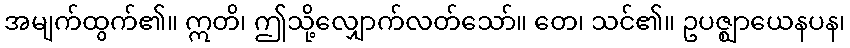
အမျက်ထွက်၏။ ဣတိ၊ ဤသို့လျှောက်လတ်သော်။ တေ၊ သင်၏။ ဥပဇ္ဈာယေနပန၊